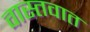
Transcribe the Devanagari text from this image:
वास्‍तवात